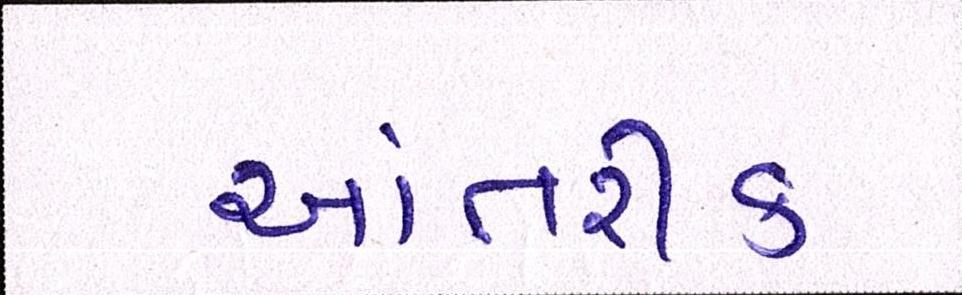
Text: આંતરીક